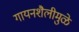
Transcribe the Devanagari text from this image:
गायनशैलीमुळे